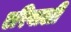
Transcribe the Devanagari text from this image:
एरिवाली